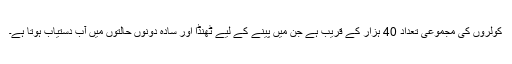
کولروں کی مجموعی تعداد 40 ہزار کے قریب ہے جن میں پینے کے لیے ٹھنڈا اور سادہ دونوں حالتوں میں آب دستیاب ہوتا ہے۔